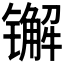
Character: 𨱕